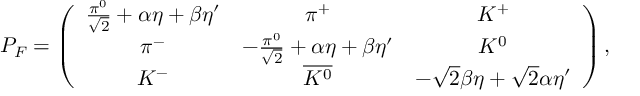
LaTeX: P _ { F } = \left( \begin{array} { c c c } { { \frac { \pi ^ { 0 } } { \sqrt { 2 } } + \alpha \eta + \beta \eta ^ { \prime } } } & { { \pi ^ { + } } } & { { K ^ { + } } } \\ { { \pi ^ { - } } } & { { - \frac { \pi ^ { 0 } } { \sqrt { 2 } } + \alpha \eta + \beta \eta ^ { \prime } } } & { { K ^ { 0 } } } \\ { { K ^ { - } } } & { { \overline { { { K ^ { 0 } } } } } } & { { - \sqrt { 2 } \beta \eta + \sqrt { 2 } \alpha \eta ^ { \prime } } } \end{array} \right) ,